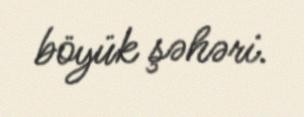
böyük şəhəri.